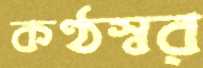
কণ্ঠস্বর